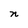
Character: n